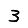
Digit: 3